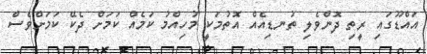
އައްޑޫގައި ރީތި ދޮންވެލި ތުނޑިއެއް އޮތުމަކީ މުހިއްމު ކަމެއް ކަމަށް ދެކޭ ކަަމަށްވެސް